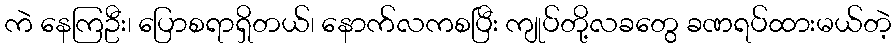
ကဲ နေကြဦး၊ ပြောစရာရှိတယ်၊ နောက်လကစပြီး ကျုပ်တို့လခတွေ ခဏရပ်ထားမယ်တဲ့